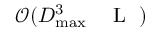
\mathcal { O } ( D _ { \mathrm { m a x } } ^ { 3 } { \mathrm { ~ \small ~ \mathscr ~ { ~ L ~ } ~ } } )